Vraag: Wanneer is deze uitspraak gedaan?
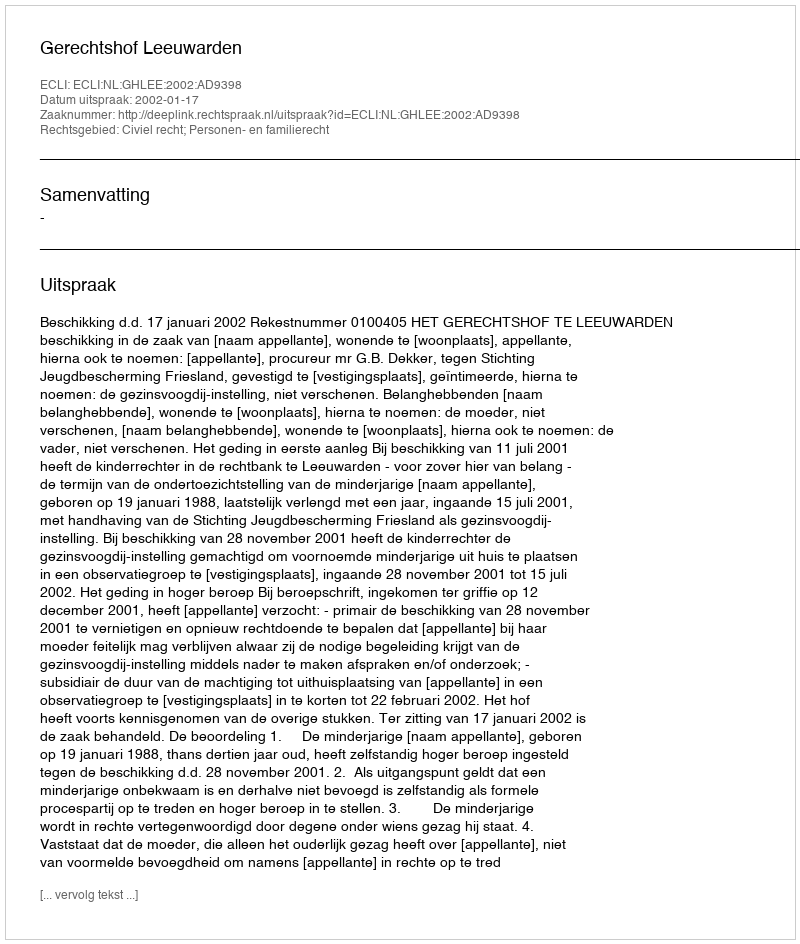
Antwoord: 2002-01-17